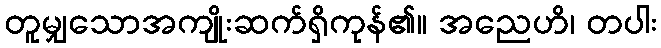
တူမျှသောအကျိုးဆက်ရှိကုန်၏။ အညေဟိ၊ တပါး